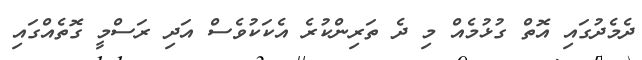
ދެމެދުގައި އޮތް ގުޅުމެއް މި ދެ ތަރިންކުރެ އެކަކުވެސް އަދި ރަސްމީ ގޮތެއްގައި